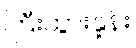
ကြီးထွားနှုန်း